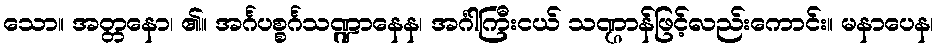
သော။ အတ္တနော၊ ၏။ အင်္ဂပစ္စင်္ဂသဏ္ဍာနေန၊ အင်္ဂါကြီးငယ် သဏ္ဌာန်ဖြင့်လည်းကောင်း။ မနာပေန၊